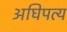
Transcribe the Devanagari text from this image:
अघिपत्य